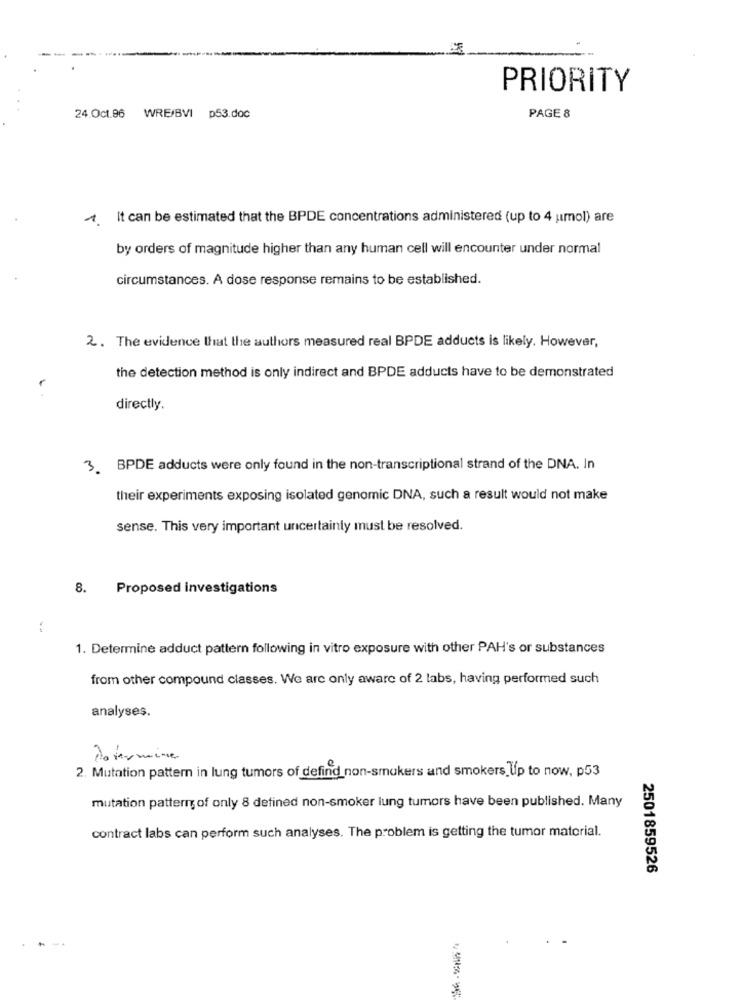
PRIORITY
PAGE 8
24.Oct.96 WRE/BVI p53.doc
1. It can be estimated that the BPDE concentrations administered (up to 4 umol) are
by orders of magnitude higher than any human cell will encounter under normal
circumstances. A dose response remains to be established.
2. The evidence that the authors measured real BPDE adducts is likely. However,
the detection method is only indirect and BPDE adducts have to be demonstrated
directly.
3. BPDE adducts were only found in the non-transcriptional strand of the DNA. In
their experiments exposing isolated genomic DNA, such a result would not make
sense. This very important uncertainly must be resolved.
8.
Proposed investigations
1. Determine adduct pattern following in vitro exposure with other PAH's or substances
from other compound classes. We are only aware of 2 labs, having performed such
analyses.
2. Mutation pattern in lung tumors of defind non-smokers and smokers Up to now, p53
mutation pattern of only 8 defined non-smoker lung tumors have been published. Many
contract labs can perform such analyses. The problem is getting the tumor material.
2501859526